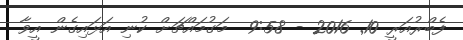
ފެބްރުއަރީ 10